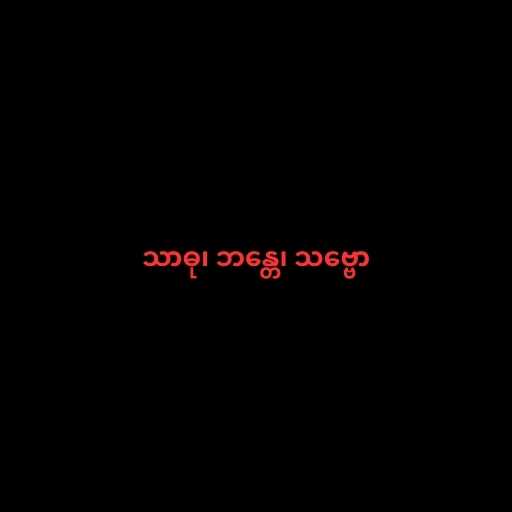
သာဓု၊ ဘန္တေ၊ သဗ္ဗော